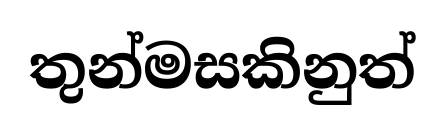
තුන්මසකිනුත්